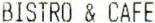
BISTRO & CAFE